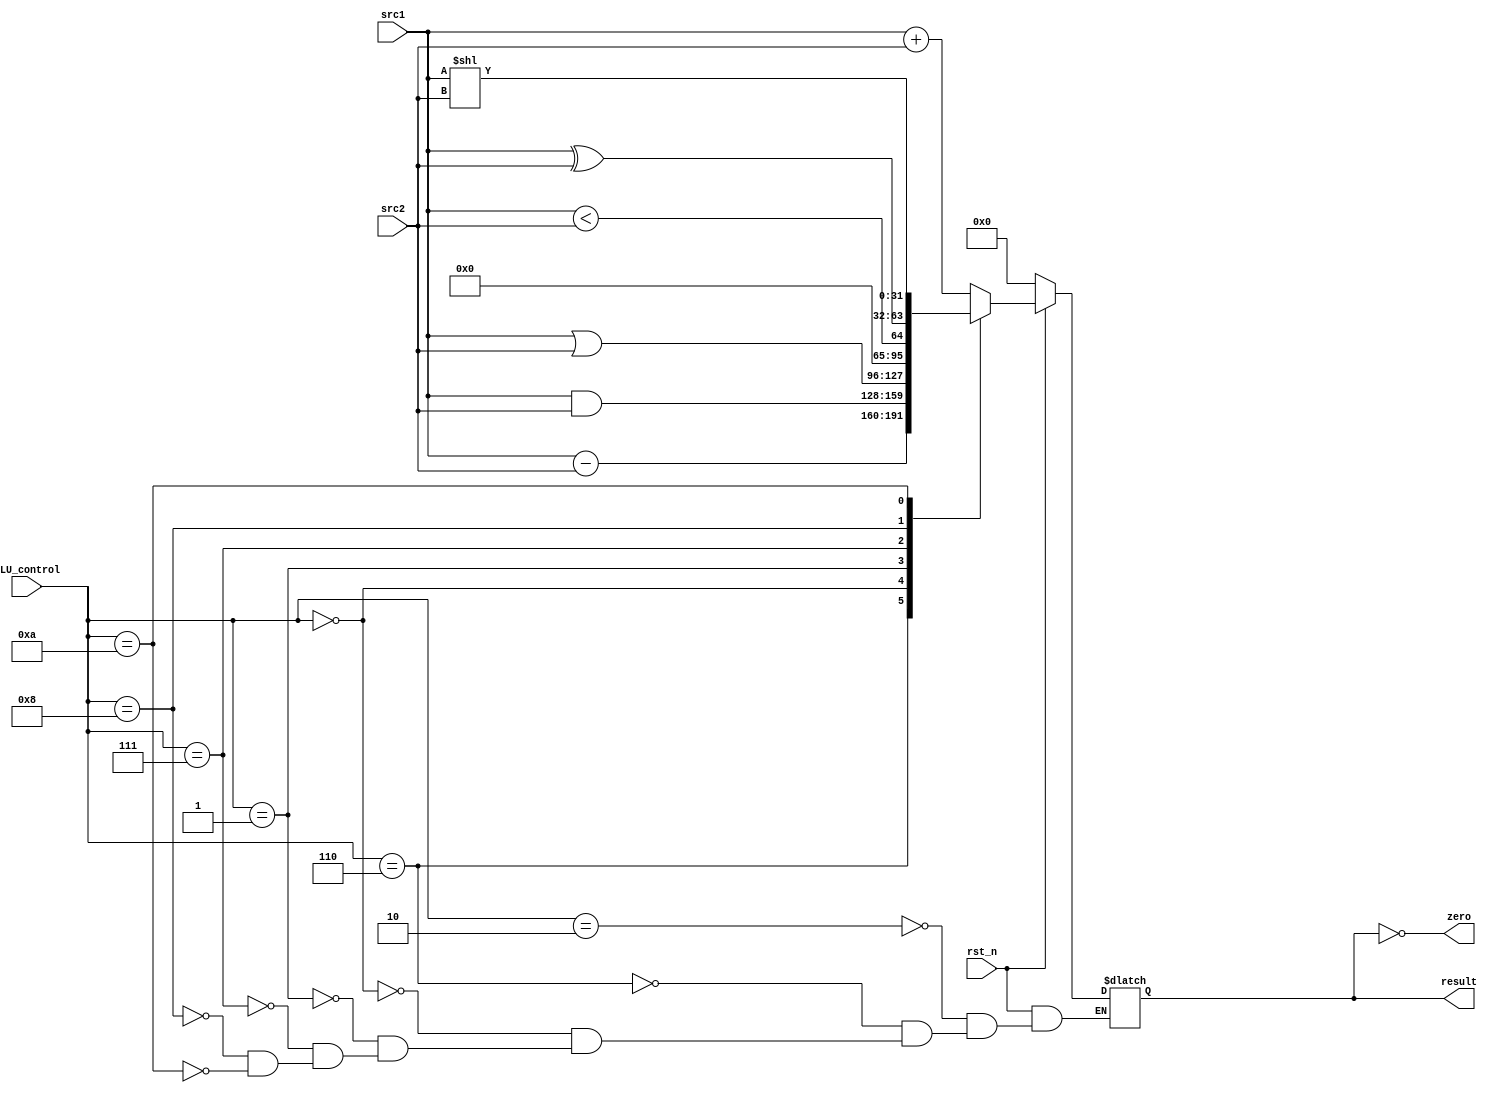
`timescale 1ns/1ps

module alu(
    input                   rst_n,         // negative reset            (input)
    input        [32-1:0]   src1,          // 32 bits source 1          (input)
    input        [32-1:0]   src2,          // 32 bits source 2          (input)
    input        [ 4-1:0]   ALU_control,   // 4 bits ALU control input  (input)
    output reg   [32-1:0]   result,        // 32 bits result            (output)
    output                  zero           // 1 bit when the output is 0, zero must be set (output)
);

/* Write your code HERE */
assign zero = (result == 32'b0);

always @(*) begin
    if(~rst_n) begin
        result <= 32'b0;
    end
    else begin
        case (ALU_control)
            4'b0010: result <= src1 + src2;
            4'b0110: result <= src1 - src2;
            4'b0000: result <= src1 & src2;
            4'b0001: result <= src1 | src2;
            4'b0111: result <= {31'b0, (src1 < src2)};
            4'b1000: result <= src1 ^ src2;   //xor
            4'b1010: result <= src1 << src2; //sll
            default: result <= result;
        endcase
    end
end

endmodule